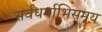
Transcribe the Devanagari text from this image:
सर्वधर्माभिसमय